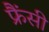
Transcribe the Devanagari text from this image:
फ्रैंसी